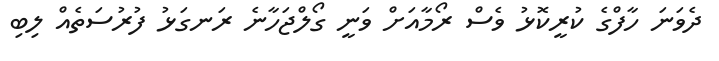
ދެވަނަ ހާފްގެ ކުރީކޮޅު ވެސް ރޯމާއަށް ވަނީ ގޯލްޖަހާނެ ރަނގަޅު ފުރުސަތެއް ލިބި